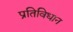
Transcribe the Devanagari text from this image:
प्रतिविधान